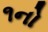
૧નો